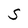
Character: S